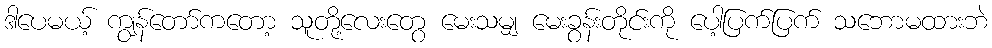
ဒါပေမယ့် ကျွန်တော်ကတော့ သူတို့လေးတွေ မေးသမျှ မေးခွန်းတိုင်းကို ပေါ့ပြက်ပြက် သဘောမထားဘဲ